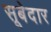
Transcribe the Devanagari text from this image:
सूबेदार